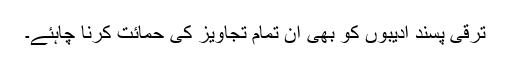
ترقی پسند ادیبوں کو بھی ان تمام تجاویز کی حمائت کرنا چاہئے۔